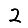
Digit: 2